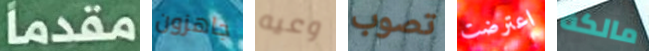
مقدما جاهزون وعيه تصوب اعترضت مالكة